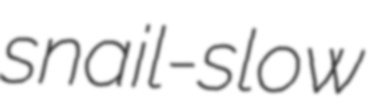
snail-slow